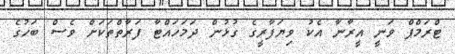
ޓްރަމްޕް ވަނީ އީރާނާ އެކު ވިޔަފާރީގެ ގުޅުން ދަމަހައްޓާ ފަރާތްތަކަށް ވެސް ބަހުގެ